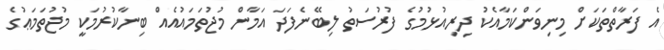
އެ ފަރާތްތަކަށް މިނިވަންކަމާއެކު ދިރިއުޅުމުގެ ފުރުސަތު ލިބޭނެފަދަ އަމާން މުޖުތަމައުއެއް ބިނާކުރުމަކީ މުޖުތަމަޢުގެ